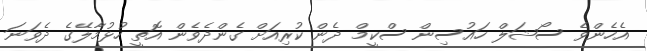
އެހެންވެ ސޯޝަލް ހައުސިން ސްކީމް ދެން ކުރިއަށް ގެންދެވެން އޮތީ ހުޅުމާލޭގެ ދެވަނަ